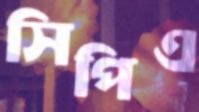
সিপিএ